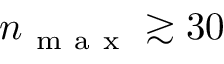
n _ { \mathrm { ~ m ~ a ~ x ~ } } \gtrsim 3 0